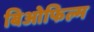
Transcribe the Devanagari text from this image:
बिओफिल्म